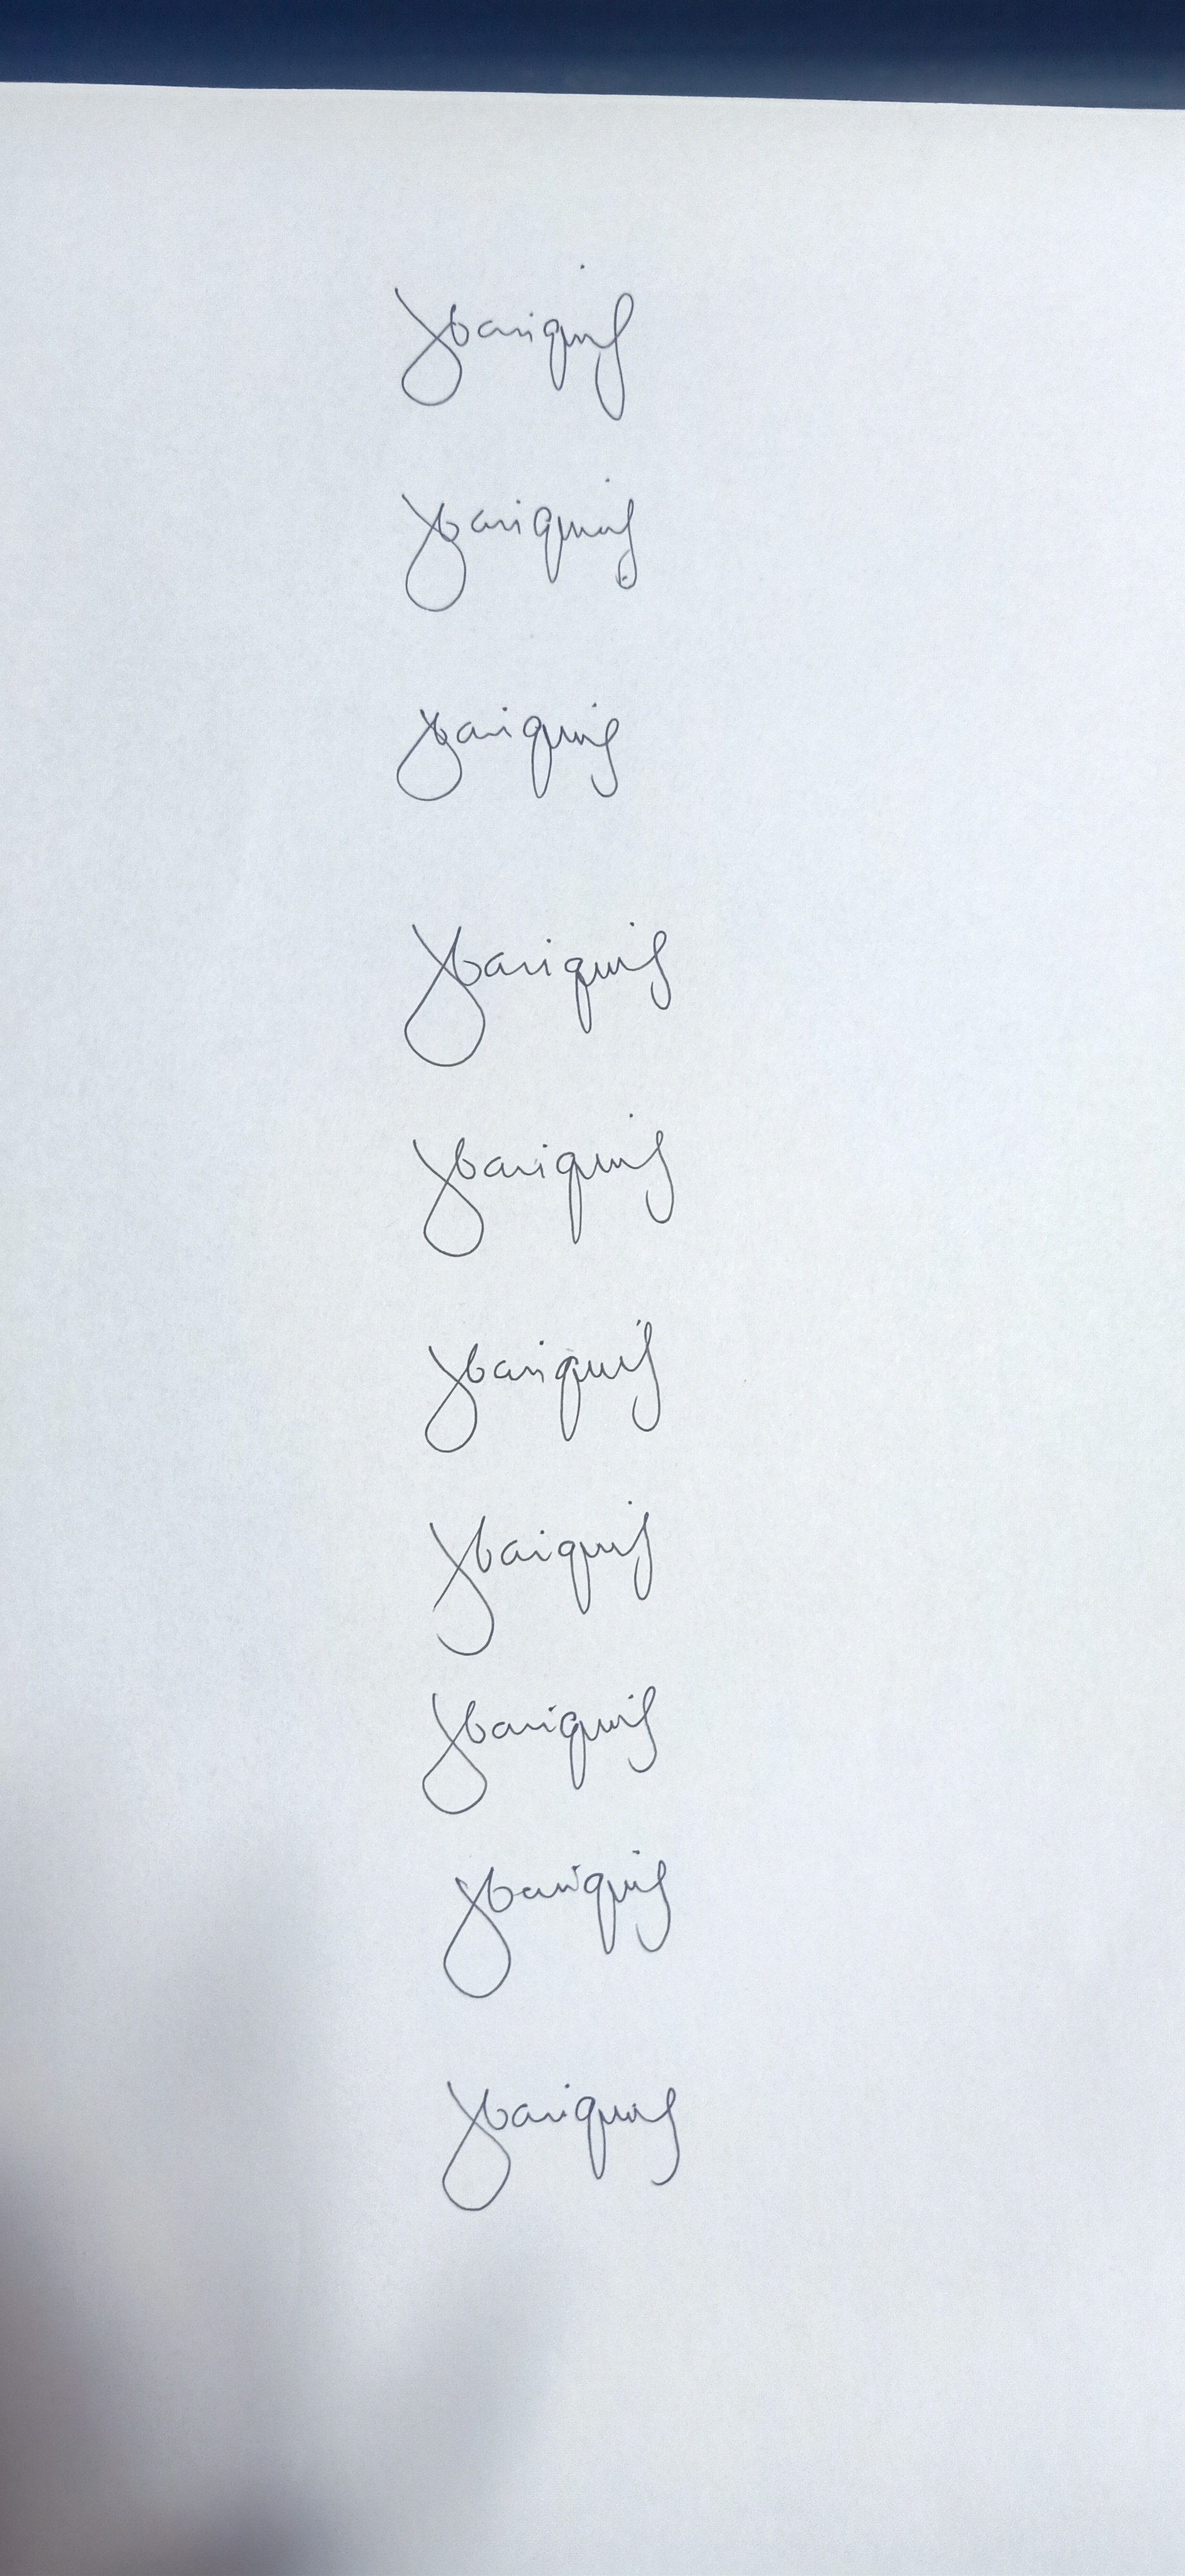
Signature authenticity: genuine